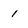
Character: 1